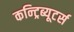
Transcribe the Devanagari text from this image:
कन्ट्रिब्यूटर्स